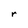
Character: r